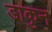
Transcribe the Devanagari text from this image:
डाकुन